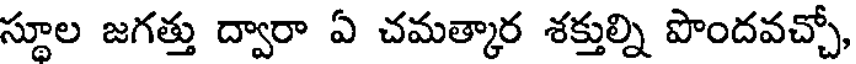
స్థూల జగత్తు ద్వారా ఏ చమత్కార శక్తుల్ని పొందవచ్చో,